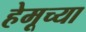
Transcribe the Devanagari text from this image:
हेमूच्या